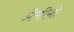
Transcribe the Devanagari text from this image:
प्रेमीयो